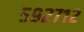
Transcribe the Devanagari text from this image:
५९२७१२